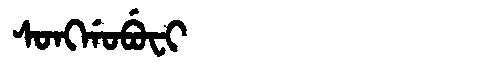
Manchu: ᠰᠣᠩᡤᠣᠪᡠᠸᡳ
Romanization: SONGGOBUFI